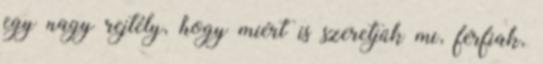
egy nagy rejtély, hogy miért is szeretjük mi, férfiak,